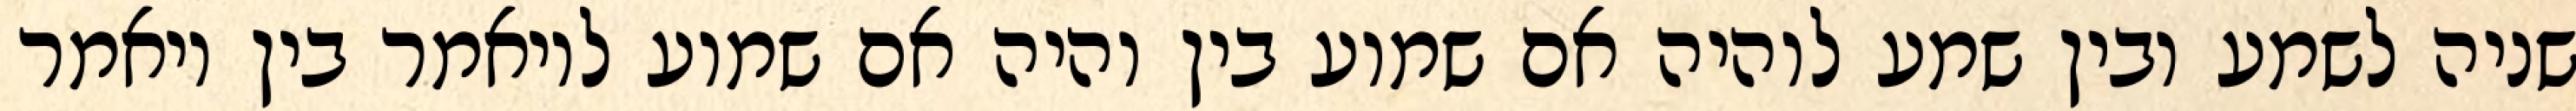
שניה לשמע ובין שמע לוהיה אם שמוע בין והיה אם שמוע לויאמר בין ויאמר